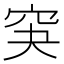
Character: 䆕